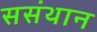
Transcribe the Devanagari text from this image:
ससंथान